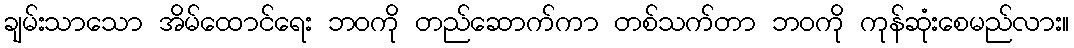
ချမ်းသာသော အိမ်ထောင်ရေး ဘဝကို တည်ဆောက်ကာ တစ်သက်တာ ဘဝကို ကုန်ဆုံးစေမည်လား။